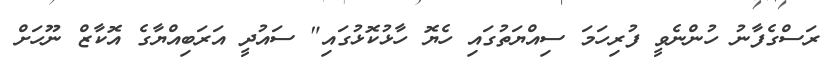
ރަސްގެފާނު ހުންނެވީ ފުރިހަމަ ސިއްޔަތުގައި ހެޔޮ ހާޅުކޮޅުގައި" ސައުދީ އަރަބިއްޔާގެ އޮކާޒް ނޫހަށް